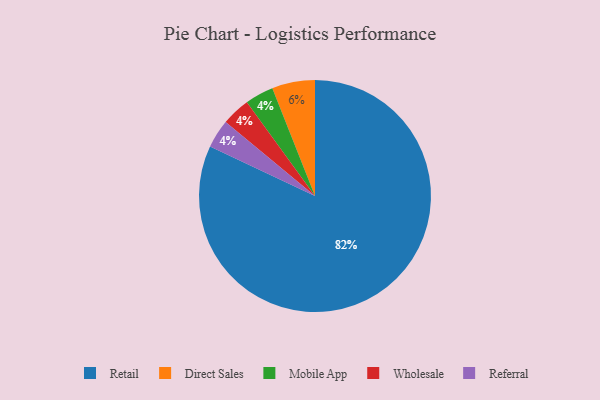
{"axis": {"x": "Category", "y": "Percentage"}, "legend": ["Direct Sales", "Mobile App", "Referral", "Retail", "Wholesale"], "data": [{"x": "Direct Sales", "y": 6, "type": "Direct Sales"}, {"x": "Mobile App", "y": 4, "type": "Mobile App"}, {"x": "Retail", "y": 82, "type": "Retail"}, {"x": "Wholesale", "y": 4, "type": "Wholesale"}, {"x": "Referral", "y": 4, "type": "Referral"}]}